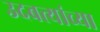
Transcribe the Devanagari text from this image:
उदबत्त्यांच्या